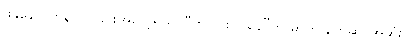
ဖန္ဒနော-တုန်လှုပ်ခြင်းအလေ့ရှိသူ၊ “ကပိ=စလနေ”ဟု ဓာတ် နက်ဆို၊ အဆုံး -ိ